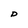
Character: D